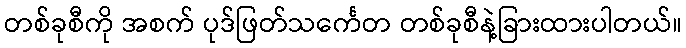
တစ်ခုစီကို အစက် ပုဒ်ဖြတ်သင်္ကေတ တစ်ခုစီနဲ့ခြားထားပါတယ်။